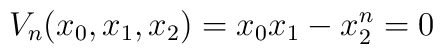
{V_n}({x_0},{x_1},{x_2}) = {x_0}{x_1} - {x_2^n} = 0